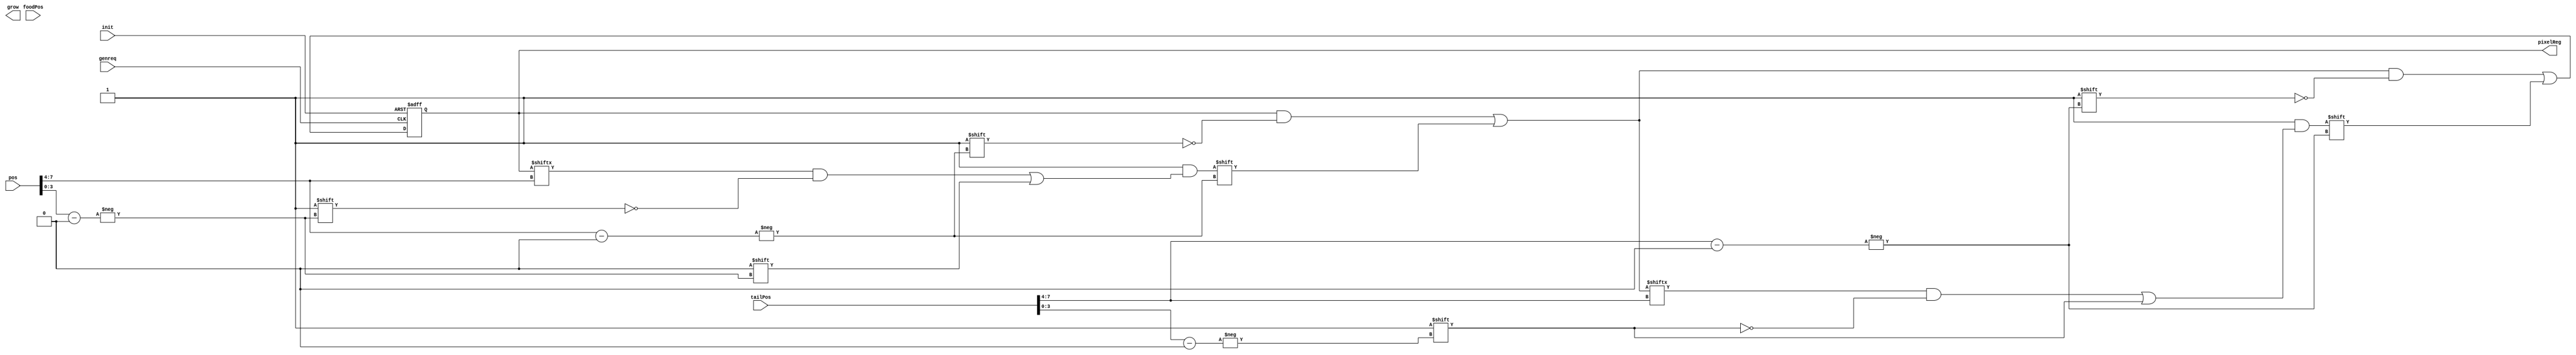
module pixel_gen (
	input genreq,
	input [7:0] pos,
	input [7:0] tailPos,
	input [7:0] foodPos,
	input init,
	output reg [8*16-1:0] pixelReg,
	output reg grow
);

reg [15:0] temp;
always @(posedge genreq or posedge init) begin
	if (init) begin
		pixelReg[15:0] <= 16'b1111111111111110;
		pixelReg[31:16] <= 16'b1111111111111110;
		pixelReg[47:32] <= 16'b1111111111111110;
		pixelReg[63:48] <= 16'hFFFF;
		pixelReg[79:64] <= 16'hFFFF;
		pixelReg[95:80] <= 16'hFFFF;
		pixelReg[111:96] <= 16'hFFFF;
		pixelReg[127:112] <= 16'hFFFF;
	end
	else begin
		//pixelReg = pixelReg + 1;
	
		//if (pos == foodPos)
		//	grow <= 1;
		temp = pixelReg[pos[7:4]];
		temp[pos[3:0]] = 0;
		pixelReg[pos[7:4]] = temp;
	
		//if (!grow) begin
		temp = pixelReg[tailPos[7:4]];
		temp[tailPos[3:0]] = 1;
		pixelReg[tailPos[7:4]] = temp;
		//end
		//else
		//	grow <= 0;
	end
end

endmodule